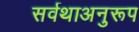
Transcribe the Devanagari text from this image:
सर्वथाअनुरूप